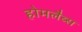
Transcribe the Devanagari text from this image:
होमलैब्स